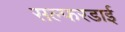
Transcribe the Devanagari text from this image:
सल्फरडाई